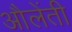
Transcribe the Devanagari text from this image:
औलेंती